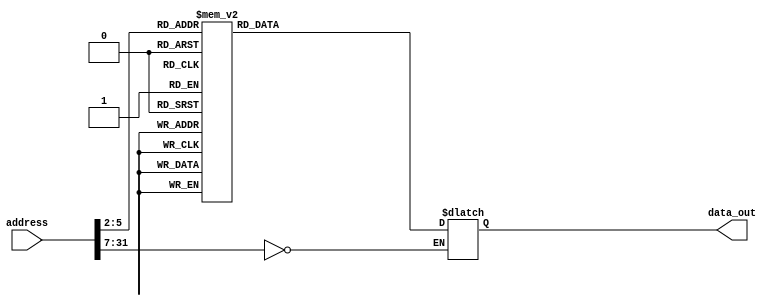
//-----------------------------------------------------------------------------
// Title         : Read-Only Memory (Instruction ROM)
// Project       : Computer Organization
//-----------------------------------------------------------------------------
//-----------------------------------------------------------------------------
// Description :
//   Behavioral model of a read-only memory used in the implementations of the MIPS
//   processor subset described in Ch. 5-6 of "Computer Organization and Design, 3rd ed."
//   by David Patterson & John Hennessey, Morgan Kaufmann, 2004 (COD3e).  
//
//   Note the use of the Verilog concatenation operator to specify different
//   instruction fields in each memory element.
//
//-----------------------------------------------------------------------------

module rom32(address, data_out);
  input  [31:0] address;
  output [31:0] data_out;
  reg    [31:0] data_out;

  parameter BASE_ADDRESS = 25'd0; // address that applies to this memory

  wire [4:0] mem_offset;
  wire address_select;

  assign mem_offset = address[6:2];  // drop 2 LSBs to get word offset

  assign address_select = (address[31:7] == BASE_ADDRESS);  // address decoding

  always @(address_select or mem_offset)
  begin
    if ((address % 4) != 0) $display($time, " rom32 error: unaligned address %d", address);
    if (address_select == 1)
    begin
      case (mem_offset) 
          5'd0  : data_out = { 6'd35, 5'd0, 5'd2, 16'd4            };  // lw $2, 4($0) # $2     .
          5'd1  : data_out = { 6'd8, 5'd2, 5'd6, 16'd10            };  // addi $2, $6, 10 # 11 
          5'd2  : data_out = { 6'd35, 5'd0, 5'd3, 16'd0            };  // lw $3, 0($0) # $3 = $2 
          5'd3  : data_out = { 6'd35, 5'd0, 5'd4, 16'd4            };  // lw $4, 4($0) # $4 = $2 + 1 
          5'd4  : data_out = { 6'd0, 5'd3, 5'd4, 5'd5, 5'd0, 6'd32 };  // add $5, $3, $4
          5'd5  : data_out = { 6'd8, 5'd4, 5'd3, 16'd0             };  // addi $3, $4, 0
          5'd6  : data_out = { 6'd8, 5'd5, 5'd4, 16'd0             };  // addi $4, $5, 0
          5'd7  : data_out = { 6'd8, 5'd2, 5'd2, 16'd1             };  // addi $2, $2, 1
          5'd8  : data_out = { 6'd0, 5'd6, 5'd2, 5'd7, 5'd0, 6'd42 };  // slt $7, $6, $2
          5'd9  : data_out = { 6'd4, 5'd7, 5'd0, -16'd6            };  // beq $7, $0, -6
          5'd10 : data_out = { 6'd43, 5'd0, 5'd3, 16'd0            };  // sw $3, 0($0)
          default data_out = 32'hxxxx;
      endcase
      $display($time, " reading data: rom32[%h] => %h", address, data_out);
    end
  end 
endmodule